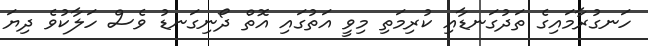
ހަނގުރާމައިގެ ތަދުގަނޑާއި ކުރިމަތި މިވީ އަތުގައި އޮތް ދޯނިގަނޑު ވެސް ހަލާކުވެ ދިޔަ